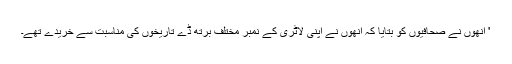
' انھوں نے صحافیوں کو بتایا کہ انھوں نے اپنی لاٹری کے نمبر مختلف برتھ ڈے تاریخوں کی مناسبت سے خریدے تھے۔